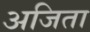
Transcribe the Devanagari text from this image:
अजिता